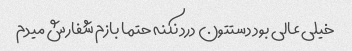
خیلی عالی بود دستتون درد نکنه حتما بازم شفارش میدم